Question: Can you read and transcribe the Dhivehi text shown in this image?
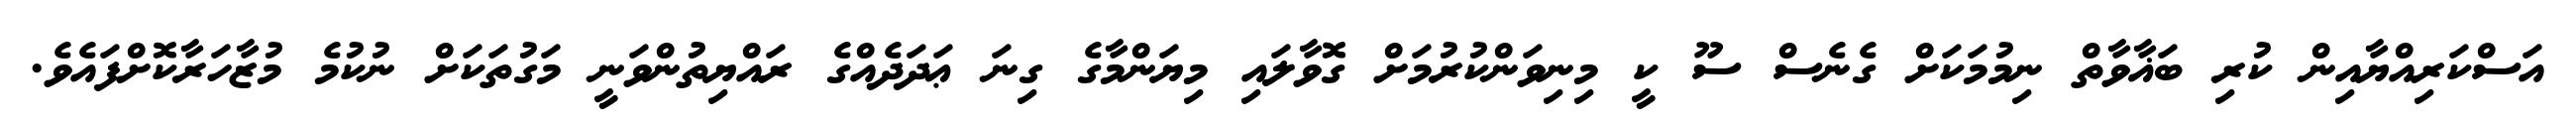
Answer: އަސްކަރިއްޔާއިން ކުރި ބަޣާވާތް ނިމުމަކަށް ގެނެސް ސޫ ކީ މިނިވަންކުރުމަށް ގޮވާލައި މިޔަންމާގެ ގިނަ ޢަދަދެއްގެ ރައްޔިތުންވަނީ މަގުތަކަށް ނުކުމެ މުޒާހަރާކޮށްފައެވެ.